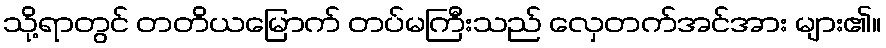
သို့ရာတွင် တတိယမြောက် တပ်မကြီးသည် လှေတက်အင်အား များ၏။